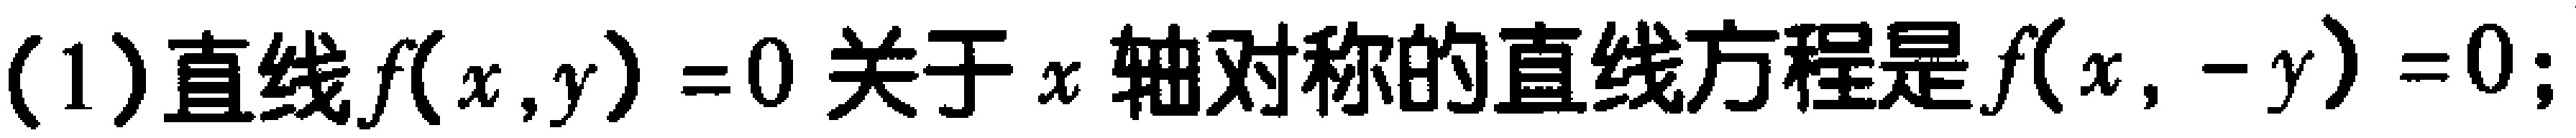
(1)直线\(f(x,y)=0\)关于\(x\)轴对称的直线方程是\(f(x,-y)=0\);